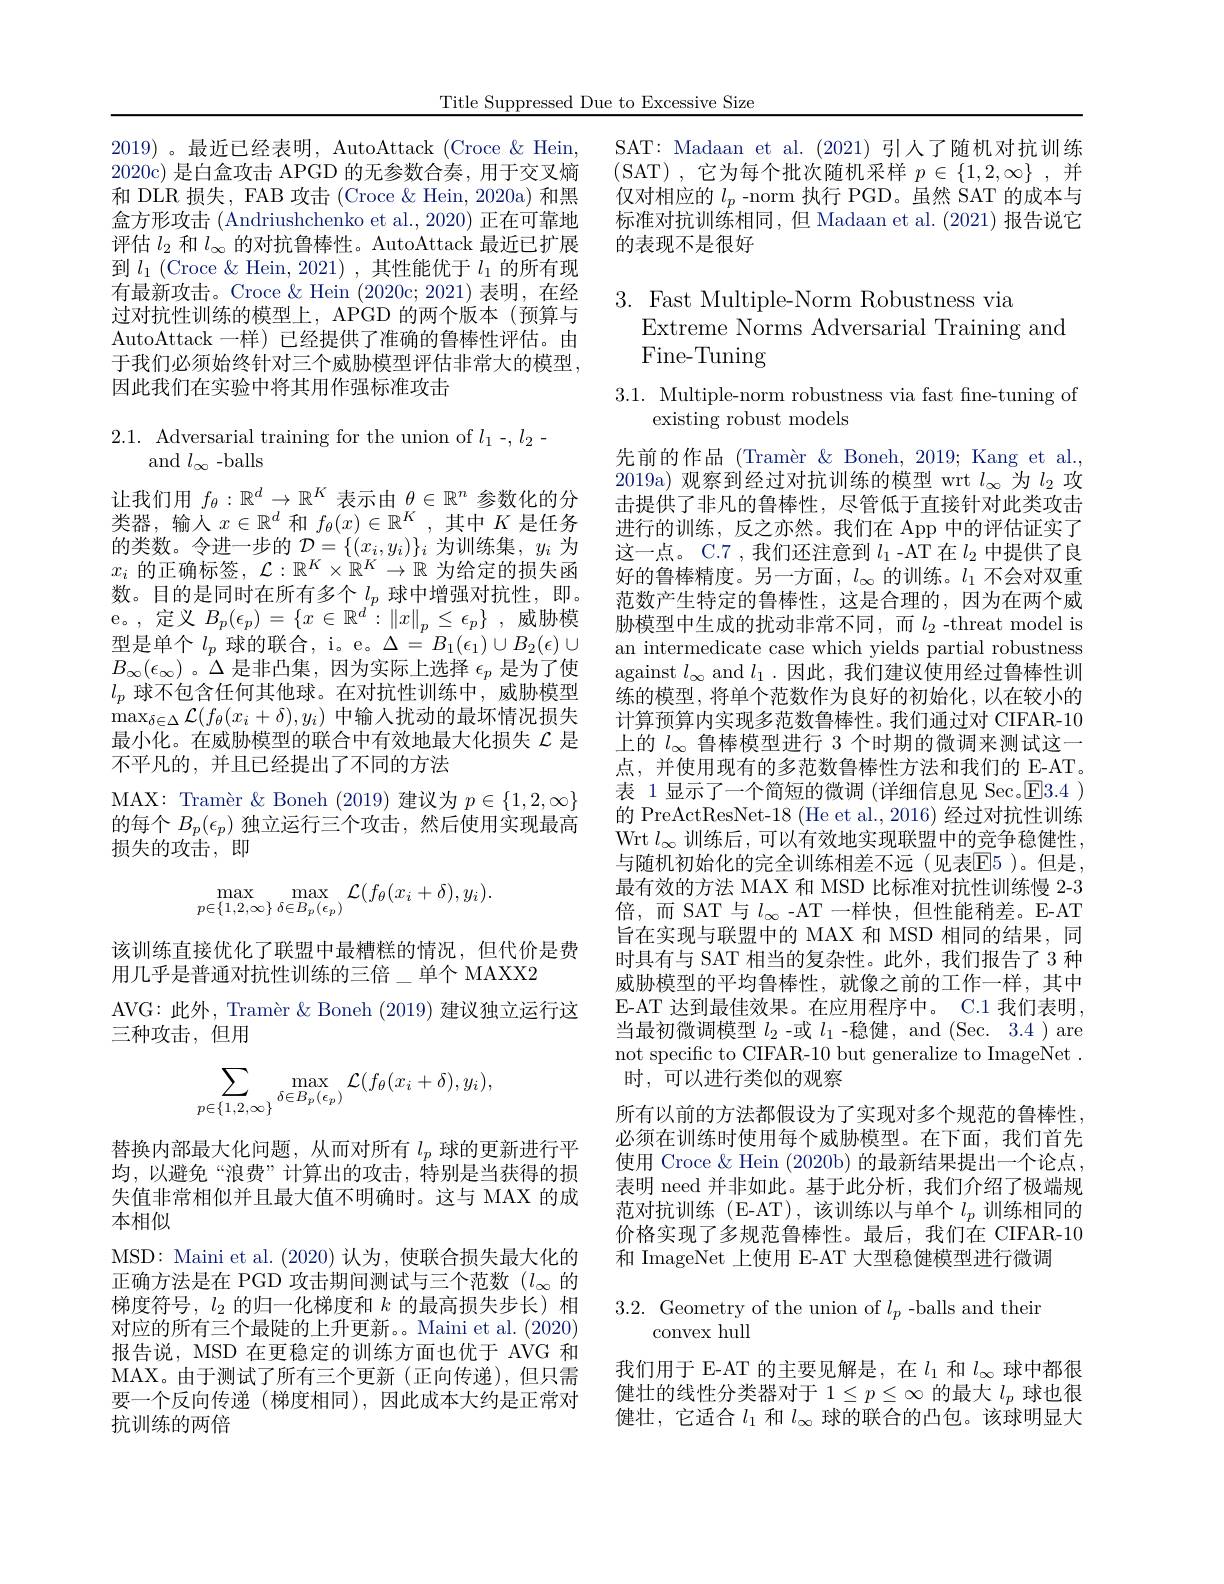
Title Suppressed Due to Excessive Size

2019) 。最近已经表明，AutoAttack (Croce &Hein, 2020c) 是白盒攻击 APGD 的无参数合奏，用于交叉熵和 DLR 损失，FAB 攻击 (Croce $\&$ Hein, 2020a) 和黑盒方形攻击 (Andriushchenko et al., 2020) 正在可靠地评估$l_2$和$l_\infty$的对抗鲁棒性。AutoAttack 最近已扩展到$l_1$(Croce &Hein,2021),其性能优于$l_1$的所有现有最新攻击。Croce $\&$ Hein (2020c;2021)表明，在经过对抗性训练的模型上，APGD 的两个版本(预算与AutoAttack 一样) 已经提供了准确的鲁棒性评估。由于我们必须始终针对三个威胁模型评估非常大的模型， 因此我们在实验中将其用作强标准攻击

2.1. Adversarial training for the union of $l_1-,l_2-$
# and $l_\infty$ -balls

让我们用$f_\theta:\mathbb{R}^d\to\mathbb{R}^K$表示由$\theta\in\mathbb{R}^n$参数化的分类器，输入$x\in\mathbb{R}^d$和$f_\theta(x)\in\mathbb{R}^K$,其中$K$是任务的类数。令进一步的$\mathcal{D}=\{(x_i,y_i)\}_i$为训练集，$y_i$为$x_i$的正确标签，$\mathcal{L}:\mathbb{R}^K\times\mathbb{R}^K\to\mathbb{R}$为给定的损失函数。目的是同时在所有多个$l_p$球中增强对抗性，即。$\begin{array}{cc}{\mathrm{e。,~定义~}B_{p}(\epsilon_{p})=\{x\in\mathbb{R}^{d}:\|x\|_{p}\leq\epsilon_{p}\},\text{威胁模}}\\{\mathrm{Tu~}\text{日本分}}\end{array}$ 型是单个$l_p$球的联合，i。e。$\Delta=B_1(\epsilon_1)\cup B_2(\epsilon)\cup$ $B_{\infty}(\epsilon_{\infty})$。$\Delta$是非凸集，因为实际上选择$\epsilon_p$是为了使$l_p$球不包含任何其他球。在对抗性训练中，威胁模型$\max_{\delta\in\Delta}\mathcal{L}(f_{\theta}(x_{i}+\delta),y_{i})$中输入扰动的最坏情况损失最小化。在威胁模型的联合中有效地最大化损失$\mathcal{L}$是不平凡的，并且已经提出了不同的方法
MAX: Tramèr & Boneh (2019)建议为$p\in\{1,2,\infty\}$ 的每个$B_p(\epsilon_p)$独立运行三个攻击，然后使用实现最高损失的攻击，即
$$\max_{p\in\{1,2,\infty\}}\max_{\delta\in B_p(\epsilon_p)}\mathcal{L}(f_\theta(x_i+\delta),y_i).$$
该训练直接优化了联盟中最糟糕的情况，但代价是费
用几乎是普通对抗性训练的三倍\_单个 MAXX2
AVG: 此外，Tramèr & Boneh (2019) 建议独立运行这
三种攻击，但用
$$\sum_{p\in\{1,2,\infty\}}\max_{\delta\in B_p(\epsilon_p)}\mathcal{L}(f_\theta(x_i+\delta),y_i),$$
替换内部最大化问题，从而对所有$l_p$球的更新进行平均，以避免“浪费”计算出的攻击，特别是当获得的损失值非常相似并且最大值不明确时。这与 MAX 的成本相似
MSD: Maini et al. (2020)认为，使联合损失最大化的正确方法是在 PGD 攻击期间测试与三个范数($l_\infty$的梯度符号，$l_2$的归一化梯度和$k$的最高损失步长)相对应的所有三个最陡的上升更新。Maini et al. (2020) 报告说，MSD 在更稳定的训练方面也优于 AVG 和MAX。由于测试了所有三个更新(正向传递),但只需要一个反向传递 (梯度相同),因此成本大约是正常对抗训练的两倍

SAT: Madaan et al. (2021)引人了随机对抗训练(SAT),它为每个批次随机采样$p\in\{1,2,\infty\}$,并仅对相应的$l_p$ -norm 执行 PGD。虽然 SAT 的成本与标准对抗训练相同，但 Madaan et al.(2021)报告说它的表现不是很好

## $3.{\mathrm{~Fast~Multiple-Norm~Robustness~via}}$ Extreme Norms Adversarial Training and Fine-Tuning

3.1. Multiple-norm robustness via fast fne-tuning of
existing robust models

先前的作品(Tramèr & Boneh, 2019; Kang et al., 2019a) 观察到经过对抗训练的模型 wrt $l_\infty$为$l_2$攻击提供了非凡的鲁棒性，尽管低于直接针对此类攻击进行的训练，反之亦然。我们在 App 中的评估证实了这一点。C.7 ,我们还注意到$l_{1}$ -AT 在$l_{2}$中提供了良好的鲁棒精度。另一方面，$l_\infty$的训练。$l_1$不会对双重范数产生特定的鲁棒性，这是合理的，因为在两个威胁模型中生成的扰动非常不同，而$l_2$ -threat model is an intermedicate case which yields partial robustness against $l_\infty$ and $l_1$ .因此 ,我们建议使用经过鲁棒性训练的模型，将单个范数作为良好的初始化，以在较小的计算预算内实现多范数鲁棒性。我们通过对 CIFAR-10上的$l_{\infty}$鲁棒模型进行 3 个时期的微调来测试这一点，并使用现有的多范数鲁棒性方法和我们的 E-AT。表 1显示了一个简短的微调 (详细信息见 Sec。$\boxed{\mathrm{F}}3.4$ ) 的 PreActResNet-18 (He et al., 2016) 经过对抗性训练Wrt $l_\infty$训练后，可以有效地实现联盟中的竞争稳健性， 与随机初始化的完全训练相差不远(见表$\mathbb{E}5$ )。但是， 最有效的方法 MAX 和 MSD 比标准对抗性训练慢 2-3倍，而 SAT 与$l_\infty$ -AT 一样快，但性能稍差。E-AT 旨在实现与联盟中的 MAX 和 MSD 相同的结果，同时具有与 SAT 相当的复杂性。此外，我们报告了 3 种威胁模型的平均鲁棒性，就像之前的工作一样，其中E-AT 达到最佳效果。在应用程序中。C.1 我们表明， 当最初微调模型$l_{2}$ -或$l_1$ -稳健，and (Sec. 3.4 ) are not specific to CIFAR-10 but generalize to ImageNet . 时，可以进行类似的观察
所有以前的方法都假设为了实现对多个规范的鲁棒性， 必须在训练时使用每个威胁模型。在下面，我们首先使用 Croce & Hein (2020b) 的最新结果提出一个论点， 表明 need 并非如此。基于此分析，我们介绍了极端规范对抗训练(E-AT),该训练以与单个$l_p$训练相同的价格实现了多规范鲁棒性。最后，我们在 CIFAR-10和 ImageNet 上使用 E-AT 大型稳健模型进行微调$3.2.{\mathrm{~Geometry~of~the~union~of~}}l_{p}{\mathrm{~-balls~and~their}}$

# convex hull

我们用于 E-AT 的主要见解是，在$l_1$和$l_\infty$球中都很健壮的线性分类器对于$1\leq p\leq\infty$的最大$l_p$球也很健壮，它适合$l_1$和$l_\infty$球的联合的凸包。该球明显大